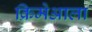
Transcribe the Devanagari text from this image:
क्रिमेआला